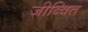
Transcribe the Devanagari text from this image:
जीब्वित